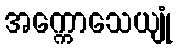
အက္ကောသေယျုံ